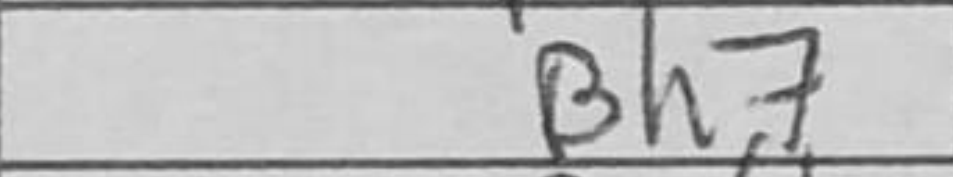
Transcription: Bh7